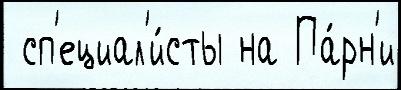
 сп'ециал'и́сты на Па́рн'и